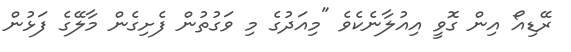
ރޭޑިއޯ އިން ގޮވީ އިއުލާނެކެވެ "މިއަދުގެ މި ވަގުތުން ފެށިގެން މާލޭގެ ފަޅުން